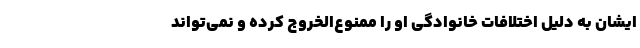
ایشان به دلیل اختلافات خانوادگی او را ممنوع‌الخروج کرده و نمی‌تواند